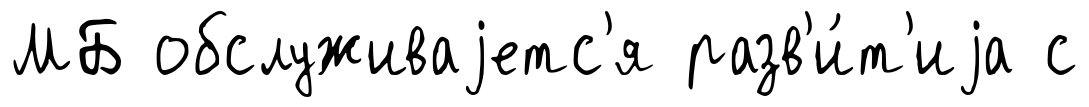
МБ обслуживаjетс'я разв'и́т'иjа с